Some observations on the morphology and mechanism of the parts in the orthorrapha - Number 58
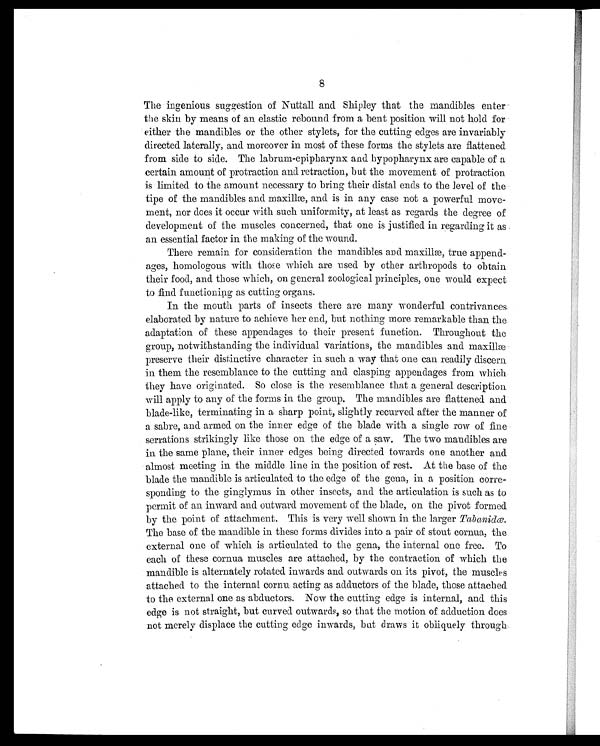
8
The ingenious suggestion of Nuttall and Shipley that the mandibles enter
the skin by means of an elastic rebound from a bent position will not hold for
either the mandibles or the other stylets, for the cutting edges are invariably
directed laterally, and moreover in most of these forms the stylets are flattened
from side to side. The labrum-epipharynx and. hypopharynx are capable of a
certain amount of protraction and retraction, but the movement of protraction
is limited to the amount necessary to bring their distal ends to the level of the
tipe of the mandibles and maxillæ, and is in any case not a powerful move
ment, nor does it occur with such uniformity, at least as regards the degree of
development of the muscles concerned, that one is justified in regarding it as
an. essential factor in the making of the wound.
There remain for consideration the mandibles and maxillæ, true append-
ages, homologous with those which are used by other arthropods to obtain
their food, and those which, on general zoological principles, one would expect
to find functioning as cutting organs.
In the mouth parts of insects there are many wonderful contrivances
elaborated by nature to achieve her end, but nothing more remarkable than the
adaptation of these appendages to their present function. Throughout the
group, notwithstanding the individual variations, the mandibles and maxillæ
preserve their distinctive character in such a way that one can readily discern
in them the resemblance to the cutting and clasping appendages from which
they have originated. So close is the resemblance that a general description
will apply to any of the forms in the group. The mandibles are flattened. and
blade-like, terminating in a sharp point, slightly recurved after the manner of
a sabre, and armed on the inner edge of the blade with a single row of fine
serrations strikingly like those on the edge of a saw. The two mandibles are
in the same plane, their inner edges being directed towards one another and
almost meeting in the middle line in the position of rest. At the base of the
blade the mandible is articulated to the edge of the gena, in a position corre-
sponding to the ginglymus in other insects, and the articulation is such as to
permit of an inward and outward movement of the blade, on the pivot formed
by the point of attachment. This is very well shown in the larger Tabanidæ.
The base of the mandible in these forms divides into a pair of stout cornua, the
external one of which is articulated to the gena, the internal one free. To
each of these cornua muscles are attached, by the contraction of which the
mandible is alternately rotated inwards and outwards on its pivot, the muscles
attached to the internal cornu acting as adductors of the blade, those attached
to the external one as abductors. Now the cutting edge is internal, and this
edge is not straight, but curved outwards, so that the motion of adduction does
not merely displace the cutting edge inwards, but draws it obliquely through